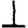
Digit: 1